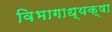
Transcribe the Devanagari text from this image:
विभागाध्यक्षा